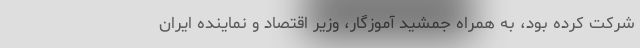
شرکت کرده بود، به همراه جمشید آموزگار، وزیر اقتصاد و نماینده ایران